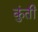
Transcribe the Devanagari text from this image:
कुुंती